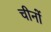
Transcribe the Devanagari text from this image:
चीनों